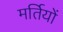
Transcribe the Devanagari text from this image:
मर्तियों